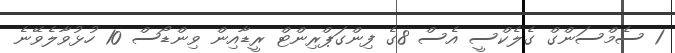
1 ސެމްސަންގް ގެލެކްސީ އެސް 8ގެ ފިންގަޕްރިންޓް ރީޑާއިން ވިންޑޯސް 10 ހުޅުވާލެވޭނެ